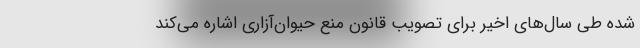
شده طی سال‌های اخیر برای تصویب قانون منع حیوان‌آزاری اشاره می‌کند